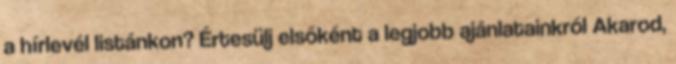
a hírlevél listánkon? Értesülj elsőként a legjobb ajánlatainkról Akarod,